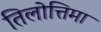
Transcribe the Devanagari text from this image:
तिलोत्तिमा